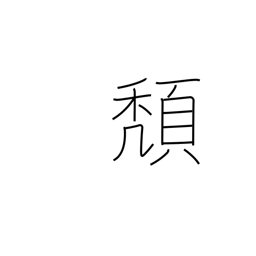
Meaning: slide